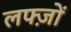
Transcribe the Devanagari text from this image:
लफ्ज़ों